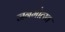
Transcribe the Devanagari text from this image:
जनमोत्स्व